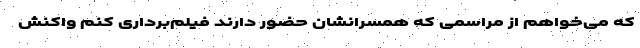
که می‌خواهم از مراسمی که همسرانشان حضور دارند فیلم‌برداری کنم واکنش